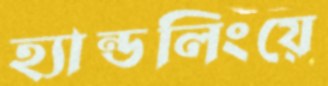
হ্যান্ডলিংয়ে